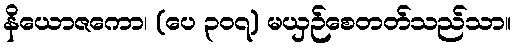
နိယောဇကော၊ (ပေ ၃၀၇) မယှဉ်စေတတ်သည်သာ။